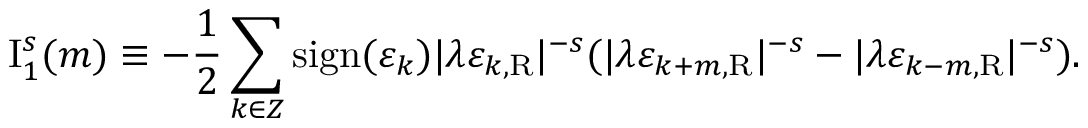
\mathrm { I } _ { 1 } ^ { s } ( m ) \equiv - \frac { 1 } { 2 } \sum _ { k \in \cal Z } \mathrm { s i g n } ( \varepsilon _ { k } ) | \lambda \varepsilon _ { k , \mathrm { R } } | ^ { - s } ( | \lambda \varepsilon _ { k + m , \mathrm { R } } | ^ { - s } - | \lambda \varepsilon _ { k - m , \mathrm { R } } | ^ { - s } ) .